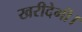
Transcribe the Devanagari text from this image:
खरीदेगी।